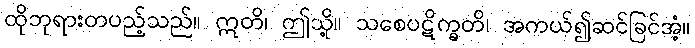
ထိုဘုရားတပည့်သည်။ ဣတိ၊ ဤသို့။ သစေပဋိက္ခတိ၊ အကယ်၍ဆင်ခြင်အံ့။